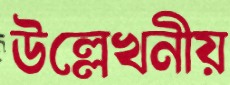
উল্লেখনীয়